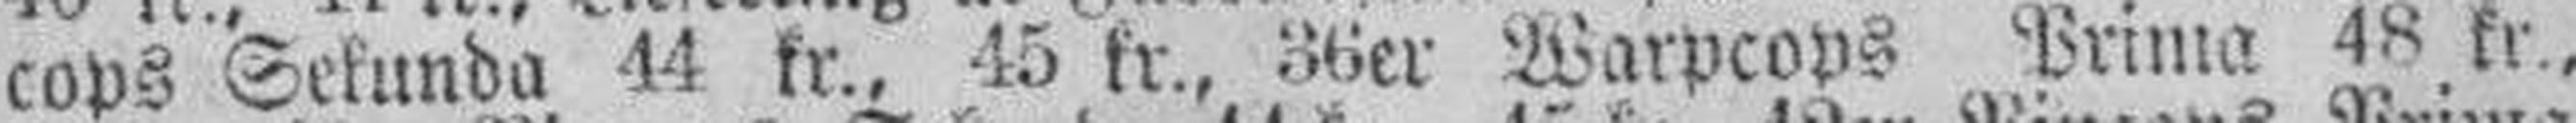
cops Sekunda 44 kr., 45 kr., 36er Warpcops Prima 48 kr.,